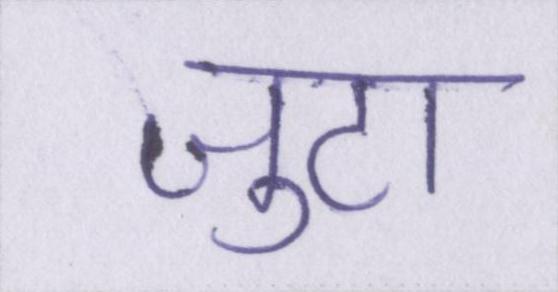
जुटा